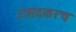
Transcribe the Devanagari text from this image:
उत्रादकरच